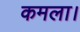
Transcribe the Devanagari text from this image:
कमला।